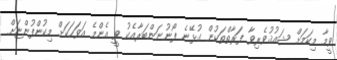
ވީމާ މިކަމަށް ޝައުޤުވެރިވާ ފަރާތްތަކުން ގުޅޭނެ ފޯނުނަންބަރާއެކު ވީ އެންމެ އަވަހަކަށް މިކުންފުންޏަށް